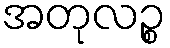
အတုလဉ္စ